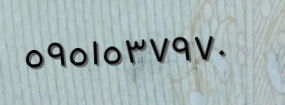
٥٩٥١٥٣٧٩٧٠